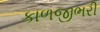
કાળજીભરી